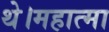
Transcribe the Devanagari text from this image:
थे।महात्मा